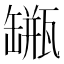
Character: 𦉐